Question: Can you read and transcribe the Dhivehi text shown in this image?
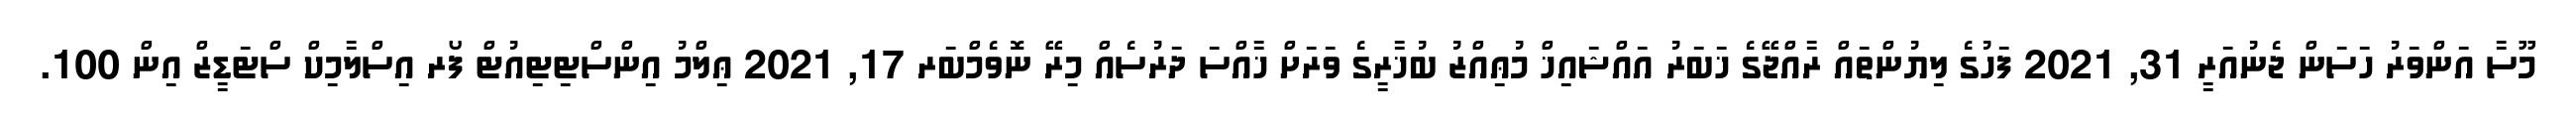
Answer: މޫސާ އަންވަރު ހަސަން ޖެނުއަރީ 31, 2021 ފަހުގެ ލިޔުންތައް ރާއްޖޭގެ ޚަބަރު އައްޝައިޚް މުޢިއްޒު ބުޚާރީގެ ވަރަށް ޚާއްސަ ދަރުސެއް މިރޭ ނޮވެމްބަރ 17, 2021 ޢިލްމު އިންސްޓިޓިއުޓް ފޯރ އިސްލާމިކް ސްޓަޑީޒް އިން 100.